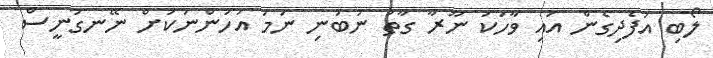
ލޯބި އުފެދިގެން އައި ވާހަކަ ނޫރާ ގާތު ނުބުނި ނަމަ އަހަންނަކަށް ނޭނގުނީސް